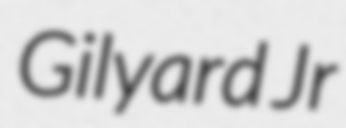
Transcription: Gilyard Jr